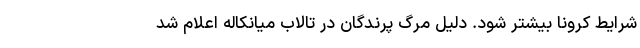
شرایط کرونا بیشتر شود. دلیل مرگ پرندگان در تالاب میانکاله اعلام شد